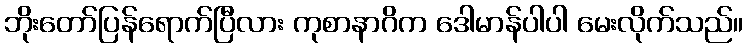
ဘိုးတော်ပြန်ရောက်ပြီလား ကုစာနာဂိက ဒေါမာန်ပါပါ မေးလိုက်သည်။